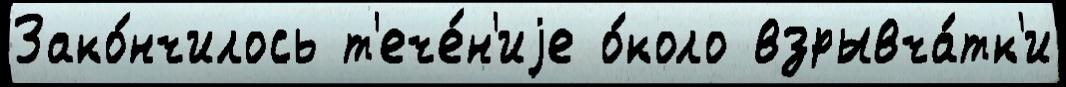
Зако́нчилось т'ече́н'иjе о́коло взрывча́тк'и